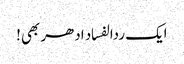
ایک ردالفساد ادھر بھی!